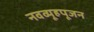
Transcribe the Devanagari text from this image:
नवव्यूहपूजन